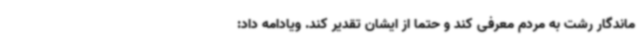
ماندگار رشت به مردم معرفی کند و حتما از ایشان تقدیر کند. ویادامه داد: